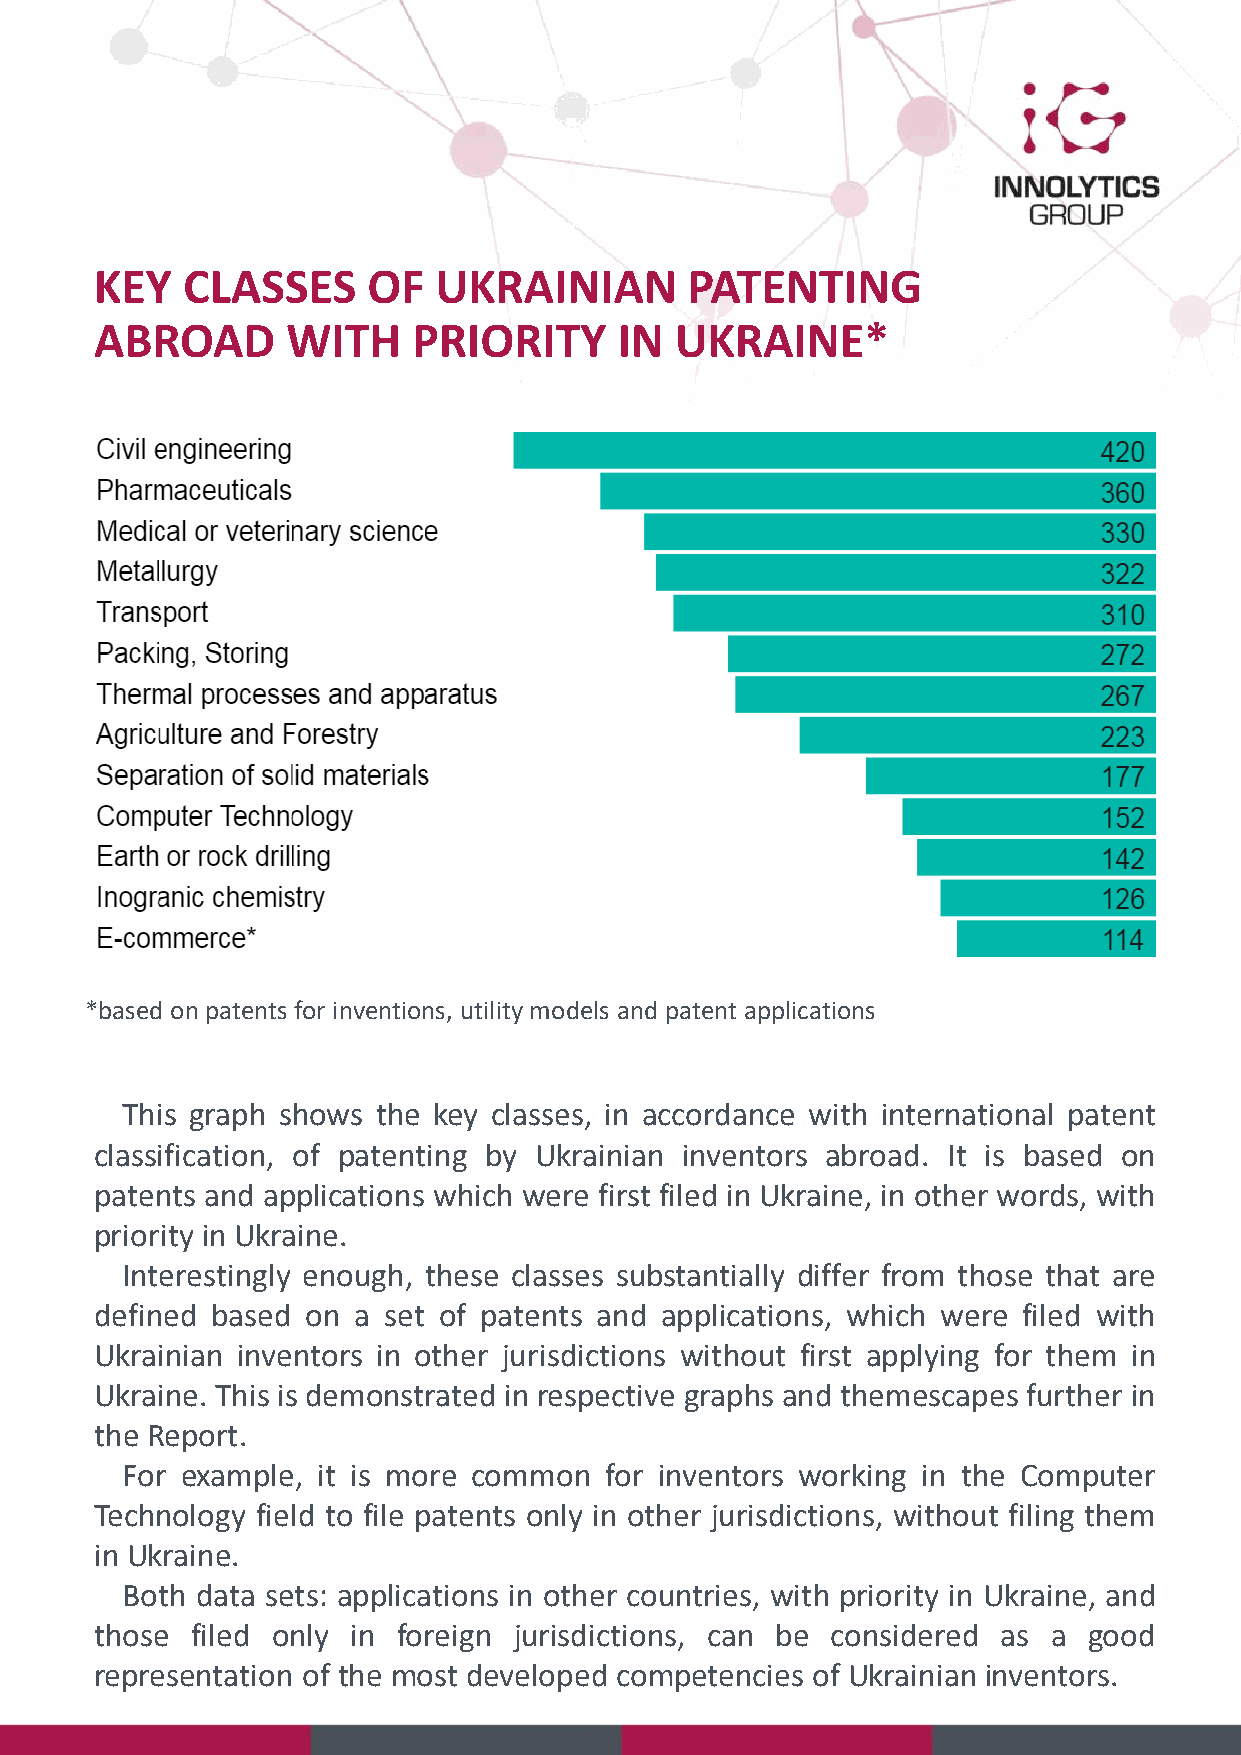
KEY   CLASSES     OF   UKRAINIAN       PATENTING
 ABROAD       WITH    PRIORITY      IN  UKRAINE*
 *based on patents for inventions, utility models and patent applications
 This graph shows the key classes, in accordance with international patent
 classification, of patenting by Ukrainian inventors abroad. It is based on
 patents and applications which were first filed in Ukraine, in other words, with
 priority in Ukraine.
 Interestingly enough, these classes substantially differ from those that are
 defined based on a set of patents and applications, which were filed with
 Ukrainian inventors in other jurisdictions without first applying for them in
 Ukraine. This is demonstrated in respective graphs and themescapes further in
 the Report.
 For example, it is more common  for inventors working in the Computer
 Technology field to file patents only in other jurisdictions, without filing them
 in Ukraine.
 Both data sets: applications in other countries, with priority in Ukraine, and
 those  filed only in foreign jurisdictions, can be considered as a good
 representation of the most developed competencies of Ukrainian inventors.